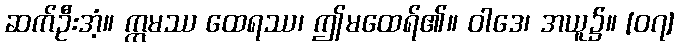
ဆက်ဦးအံ့။ ဣမဿ ထေရဿ၊ ဤမထေရ်၏။ ဝါဒေ၊ အယူ၌။ [၀၇]